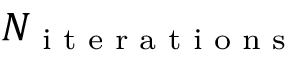
N _ { \textrm { i t e r a t i o n s } }